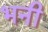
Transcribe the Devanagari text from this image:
भनी